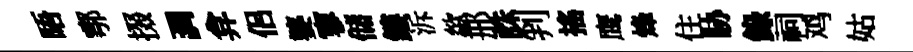
晤鄠掇調弇侶婆寥储鏤泝歘邢誅判搖鹰烽住胁錄祠鸡姑